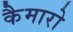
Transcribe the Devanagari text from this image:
कैमारो